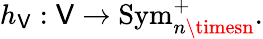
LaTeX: h_{\mathsf{V}}:\mathsf{V}\to\operatorname{Sym}_{n\timesn}^{+}.